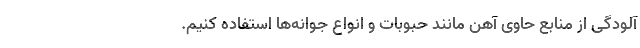
آلودگی از منابع حاوی آهن مانند حبوبات و انواع جوانه‌ها استفاده کنیم.